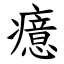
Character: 癔